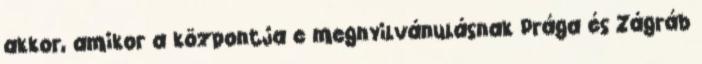
akkor, amikor a központja e megnyilvánulásnak Prága és Zágráb